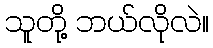
သူတို့ ဘယ်လိုလဲ။